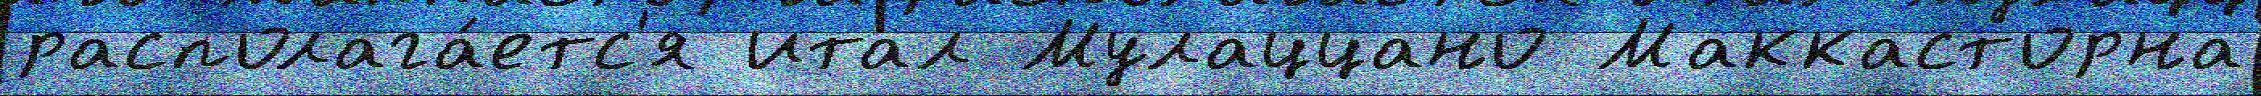
располага́етс'я итал Мулаццано Маккасторна